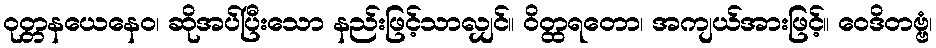
ဝုတ္တနယေနေဝ၊ ဆိုအပ်ပြီးသော နည်းဖြင့်သာလျှင်။ ဝိတ္ထရတော၊ အကျယ်အားဖြင့်။ ဝေဒိတဗ္ဗံ၊